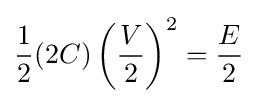
{\frac {1}{2}}(2C)\left({\frac {V}{2}}\right)^{2}={\frac {E}{2}}